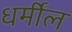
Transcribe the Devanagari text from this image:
धर्मील